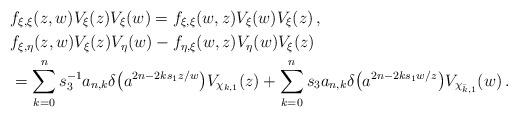
LaTeX: \begin{align*}&f_{\xi,\xi}(z,w)V_\xi(z)V_{\xi}(w)=f_{\xi,\xi}(w,z)V_{\xi}(w)V_\xi(z)\,,\\&f_{\xi,\eta}(z,w)V_\xi(z)V_{\eta}(w)-f_{\eta,\xi}(w,z)V_{\eta}(w)V_\xi(z)\\&=\sum_{k=0}^ns_3^{-1}a_{n,k}\delta\bigl(a^{2n-2ks_1z/w}\bigr)V_{\chi_{k,1}}(z)+\sum_{k=0}^ns_3a_{n,k}\delta\bigl(a^{2n-2ks_1w/z}\bigr)V_{\chi_{\bar k,1}}(w)\,.\end{align*}